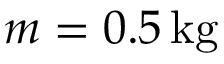
m = 0 . 5 \, \mathrm { k g }